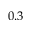
0 . 3